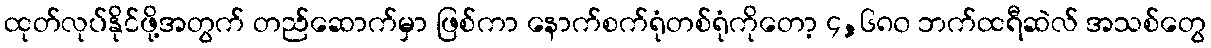
ထုတ်လုပ်နိုင်ဖို့အတွက် တည်ဆောက်မှာ ဖြစ်ကာ နောက်စက်ရုံတစ်ရုံကိုတော့ ၄,၆၈၀ ဘက်ထရီဆဲလ် အသစ်တွေ